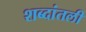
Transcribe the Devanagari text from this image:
शब्दांतली